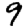
Digit: 9